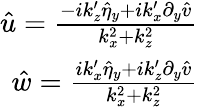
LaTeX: \begin{array}{r}{\hat{u}=\frac{-ik_{z}^{\prime}\hat{\eta}_{y}+ik_{x}^{\prime}\partial_{y}\hat{v}}{k_{x}^{2}+k_{z}^{2}}}\\ {\hat{w}=\frac{ik_{x}^{\prime}\hat{\eta}_{y}+ik_{z}^{\prime}\partial_{y}\hat{v}}{k_{x}^{2}+k_{z}^{2}}}\end{array}